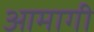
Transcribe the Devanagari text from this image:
आमागी